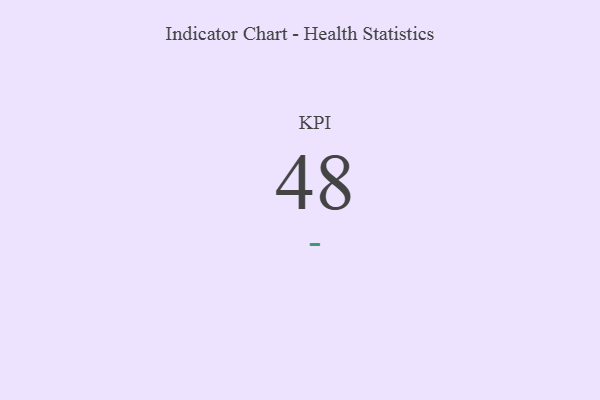
{"axis": {"x": "KPI", "y": "Value"}, "legend": [""], "data": [{"x": "KPI", "y": 48, "type": ""}]}